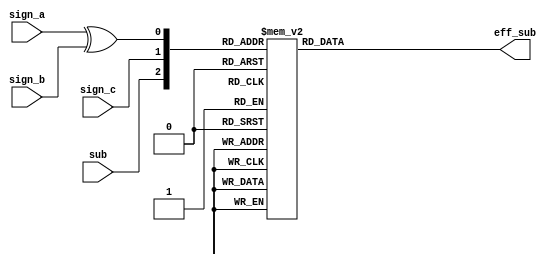
`timescale 1ns / 1ps
//////////////////////////////////////////////////////////////////////////////////
// Company: 
// Engineer: 
// 
// Design Name: 
// Module Name:    effective_op 
// Project Name: 
// Target Devices: 
// Tool versions: 
// Description: 
//
// Dependencies: 
//
// Revision: 
// Revision 0.01 - File Created
// Additional Comments: 
//
//////////////////////////////////////////////////////////////////////////////////
module effective_op(	input sign_a,
							input sign_b,
							input sign_c,
							input sub,
							output reg eff_sub);
	
	wire [2:0] sign_string;

	assign sign_string = {sub, sign_c, sign_a^sign_b};

	always
		@(*)
	begin
		case(sign_string)
			3'b000:	eff_sub = 1'b0;
			3'b001:	eff_sub = 1'b1;
			3'b010:	eff_sub = 1'b1;
			3'b011:	eff_sub = 1'b0;
			3'b100:	eff_sub = 1'b1;
			3'b101:	eff_sub = 1'b0;
			3'b110:	eff_sub = 1'b0;
			3'b111:	eff_sub = 1'b1;
			default:	eff_sub = 1'b0;
		endcase
	end

endmodule